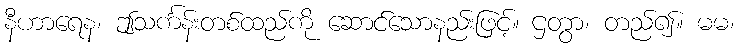
နီဟာရေန၊ ဤသင်္ကန်းတစ်ထည်ကို ဆောင်သောနည်းဖြင့်။ ဌတွာ၊ တည်၍။ မမ၊